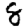
Digit: 8